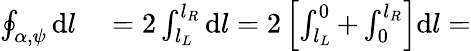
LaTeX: \begin{array}{rl}{\oint_{\alpha,\psi}\mathrm{d}l}&{{}=2\int_{l_{L}}^{l_{R}}\mathrm{d}l=2\left[\int_{l_{L}}^{0}+\int_{0}^{l_{R}}\right]\mathrm{d}l=}\end{array}